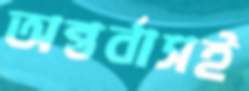
অন্তর্বাসই